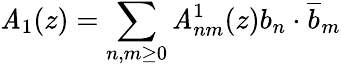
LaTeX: \mathit{A}_{1}(z)=\sum_{n,m\geq0}\mathit{A}_{nm}^{1}(z)b_{n}\cdot\overline{{{b}}}_{m}